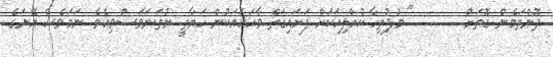
ދޮންތަމެން ގޮތަށް..............." މުފުތިހާ ކުއްލިއަކަށް ފަށައިގަތް ވާހަކައަކުން ހަޔާތީ ނުތަނަވަސްވިއެވެ. ނަމަވެސް އޭނަގެ